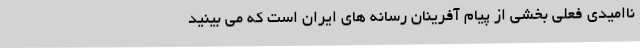
ناامیدی فعلی بخشی از پیام آفرینان رسانه های ایران است که می بینید